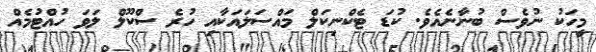
މީހަކު ނުވެސް ބުނާނެއެވެ. ކުޑަ ޓެކްނިކަލް މައްސަލައަކާއި ހުރެ ސްކޫލް ލަވަ ހުއްޓުމެއް